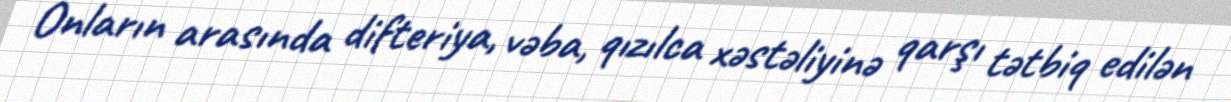
Onların arasında difteriya, vəba, qızılca xəstəliyinə qarşı tətbiq edilən